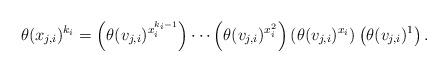
LaTeX: \begin{align*}\theta(x_{j,i})^{k_i}=\left(\theta(v_{j,i})^{x_i^{k_i-1}}\right) \cdots \left(\theta(v_{j,i})^{x_i^2}\right) \left(\theta(v_{j,i})^{x_i}\right) \left(\theta(v_{j,i})^1\right).\end{align*}